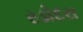
રડોદરા